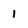
Character: i